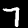
Label: 7